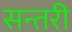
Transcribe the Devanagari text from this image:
सन्तरी